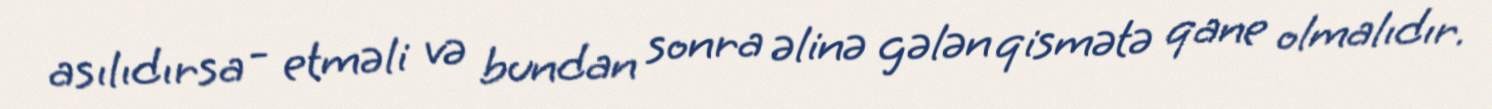
asılıdırsa - etməli və bundan sonra əlinə gələn qismətə qane olmalıdır.